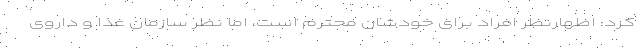
کرد: اظهارنظر افراد برای خودشان محترم است، اما نظر سازمان غذا و داروی